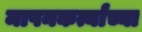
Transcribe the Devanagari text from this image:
मापनकर्त्यांच्या